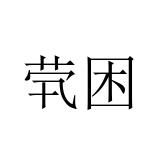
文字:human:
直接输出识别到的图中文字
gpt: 茕困